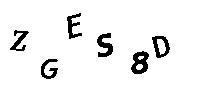
ZG2S8D